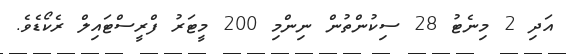
އަދި 2 މިނެޓު 28 ސިކުންތުން ނިންމި 200 މީޓަރު ފްރީސްޓައިލް ރެކޯޑެވެ.